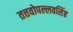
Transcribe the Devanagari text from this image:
तत्तवोपल्लवसिंह